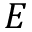
E